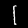
Digit: 1